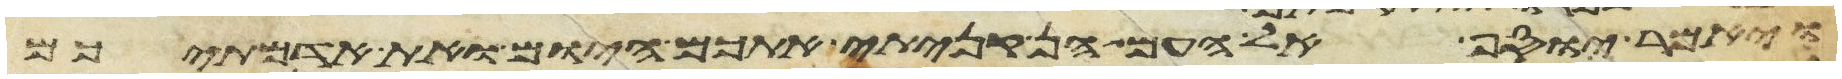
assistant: ויאמר יוסף אל העם הן קניתי אתכם היום ואת אדמתיכם